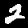
Digit: 2